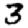
Digit: 3